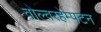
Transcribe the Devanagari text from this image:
वोल्वरहेम्पटन